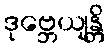
ဒုဗ္ဘေယျန္တိ